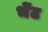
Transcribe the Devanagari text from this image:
भेेंट